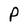
Character: P